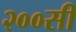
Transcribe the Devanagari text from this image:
२००सी